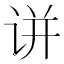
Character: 𬣲